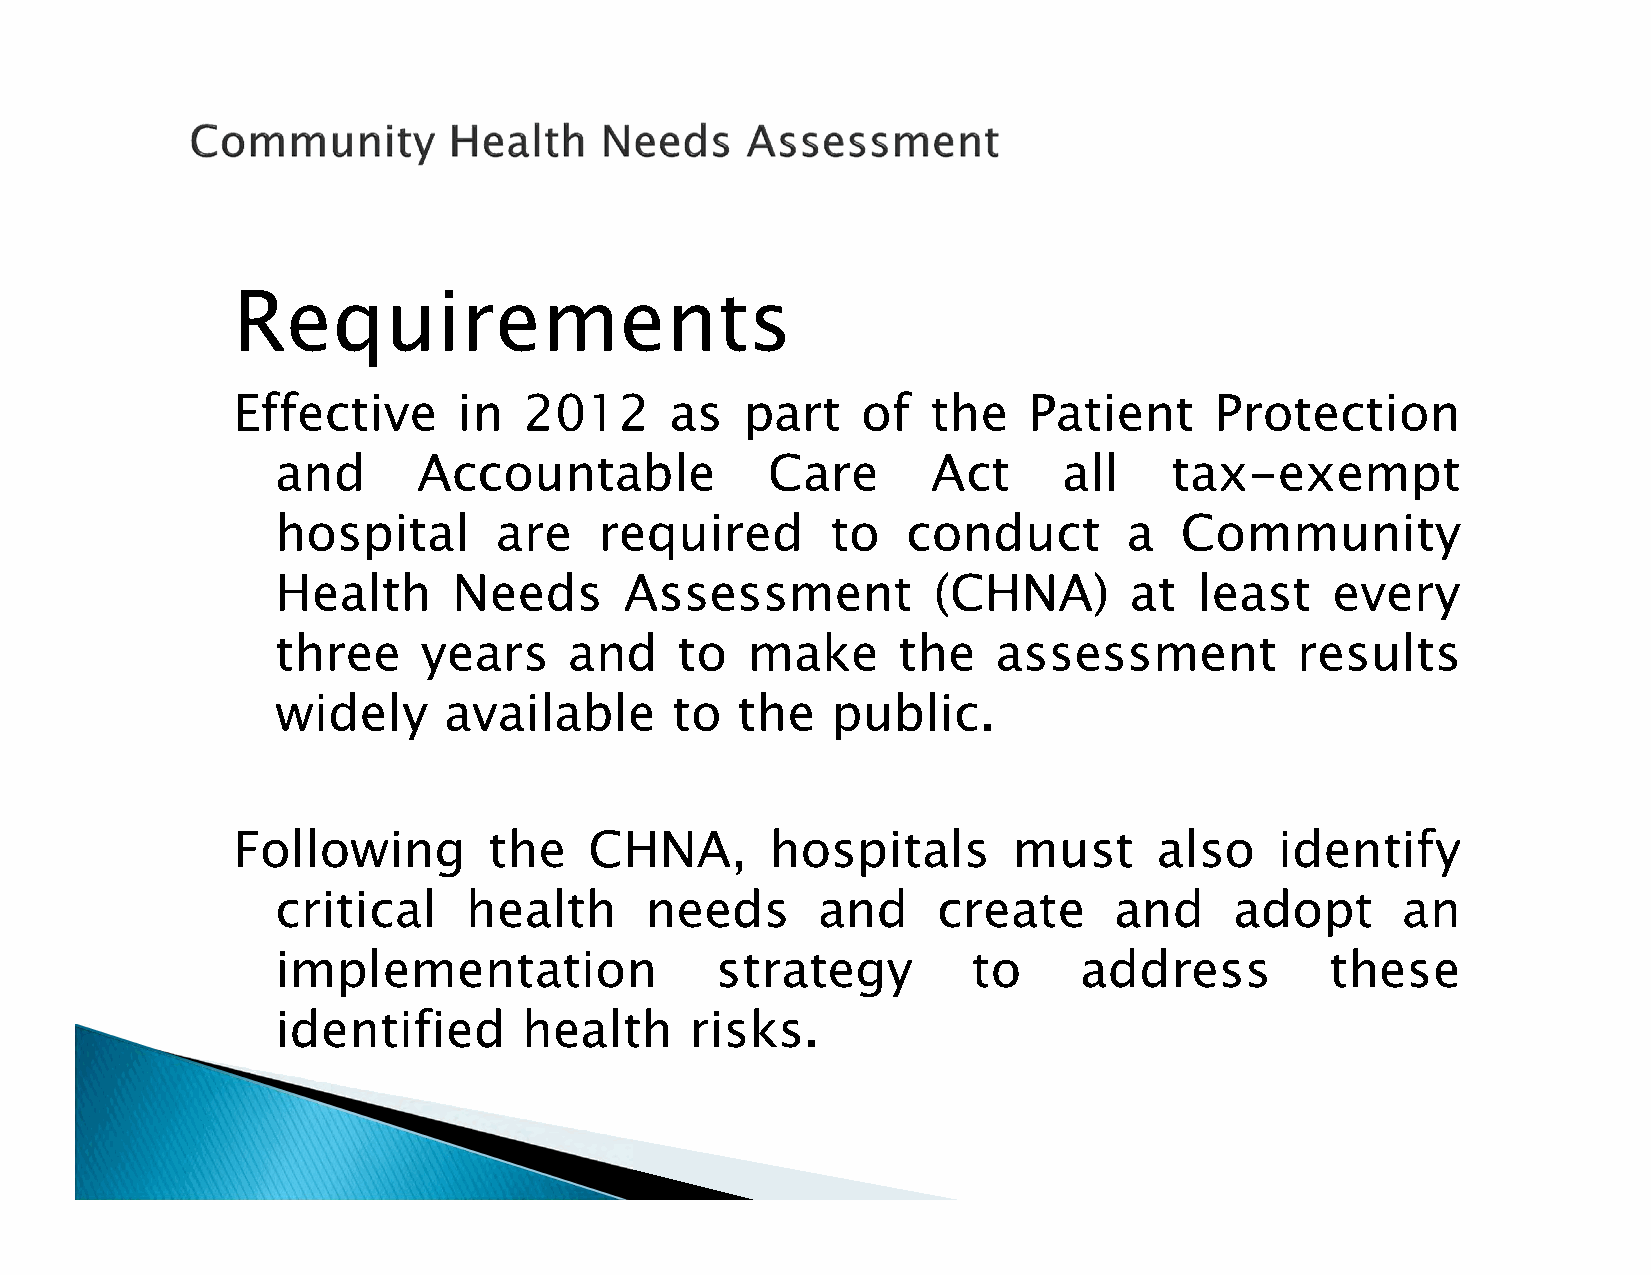
Requirements
 Effective      in   2012     as   part    of   the   Patient     Protection
 and       Accountable            Care       Act     all    tax-exempt
 hospital       are    required       to   conduct        a  Community
 Health      Needs      Assessment           (CHNA)       at  least    every
 three     years     and    to  make      the    assessment          results
 widely     available      to   the   public.
 Following        the    CHNA,       hospitals       must      also    identify
 critical     health      needs      and     create      and     adopt      an
 implementation               strategy         to     address          these
 identified       health     risks.